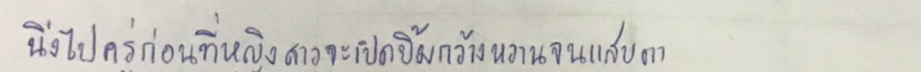
นิ่งไปครู่ก่อนที่หญิงสาวจะเปิดยิ้มกว้างหวานจนแสบตา